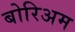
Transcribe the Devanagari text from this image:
बोरिअम